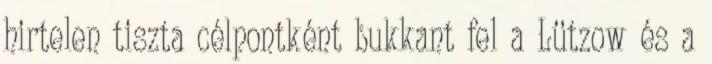
hirtelen tiszta célpontként bukkant fel a Lützow és a